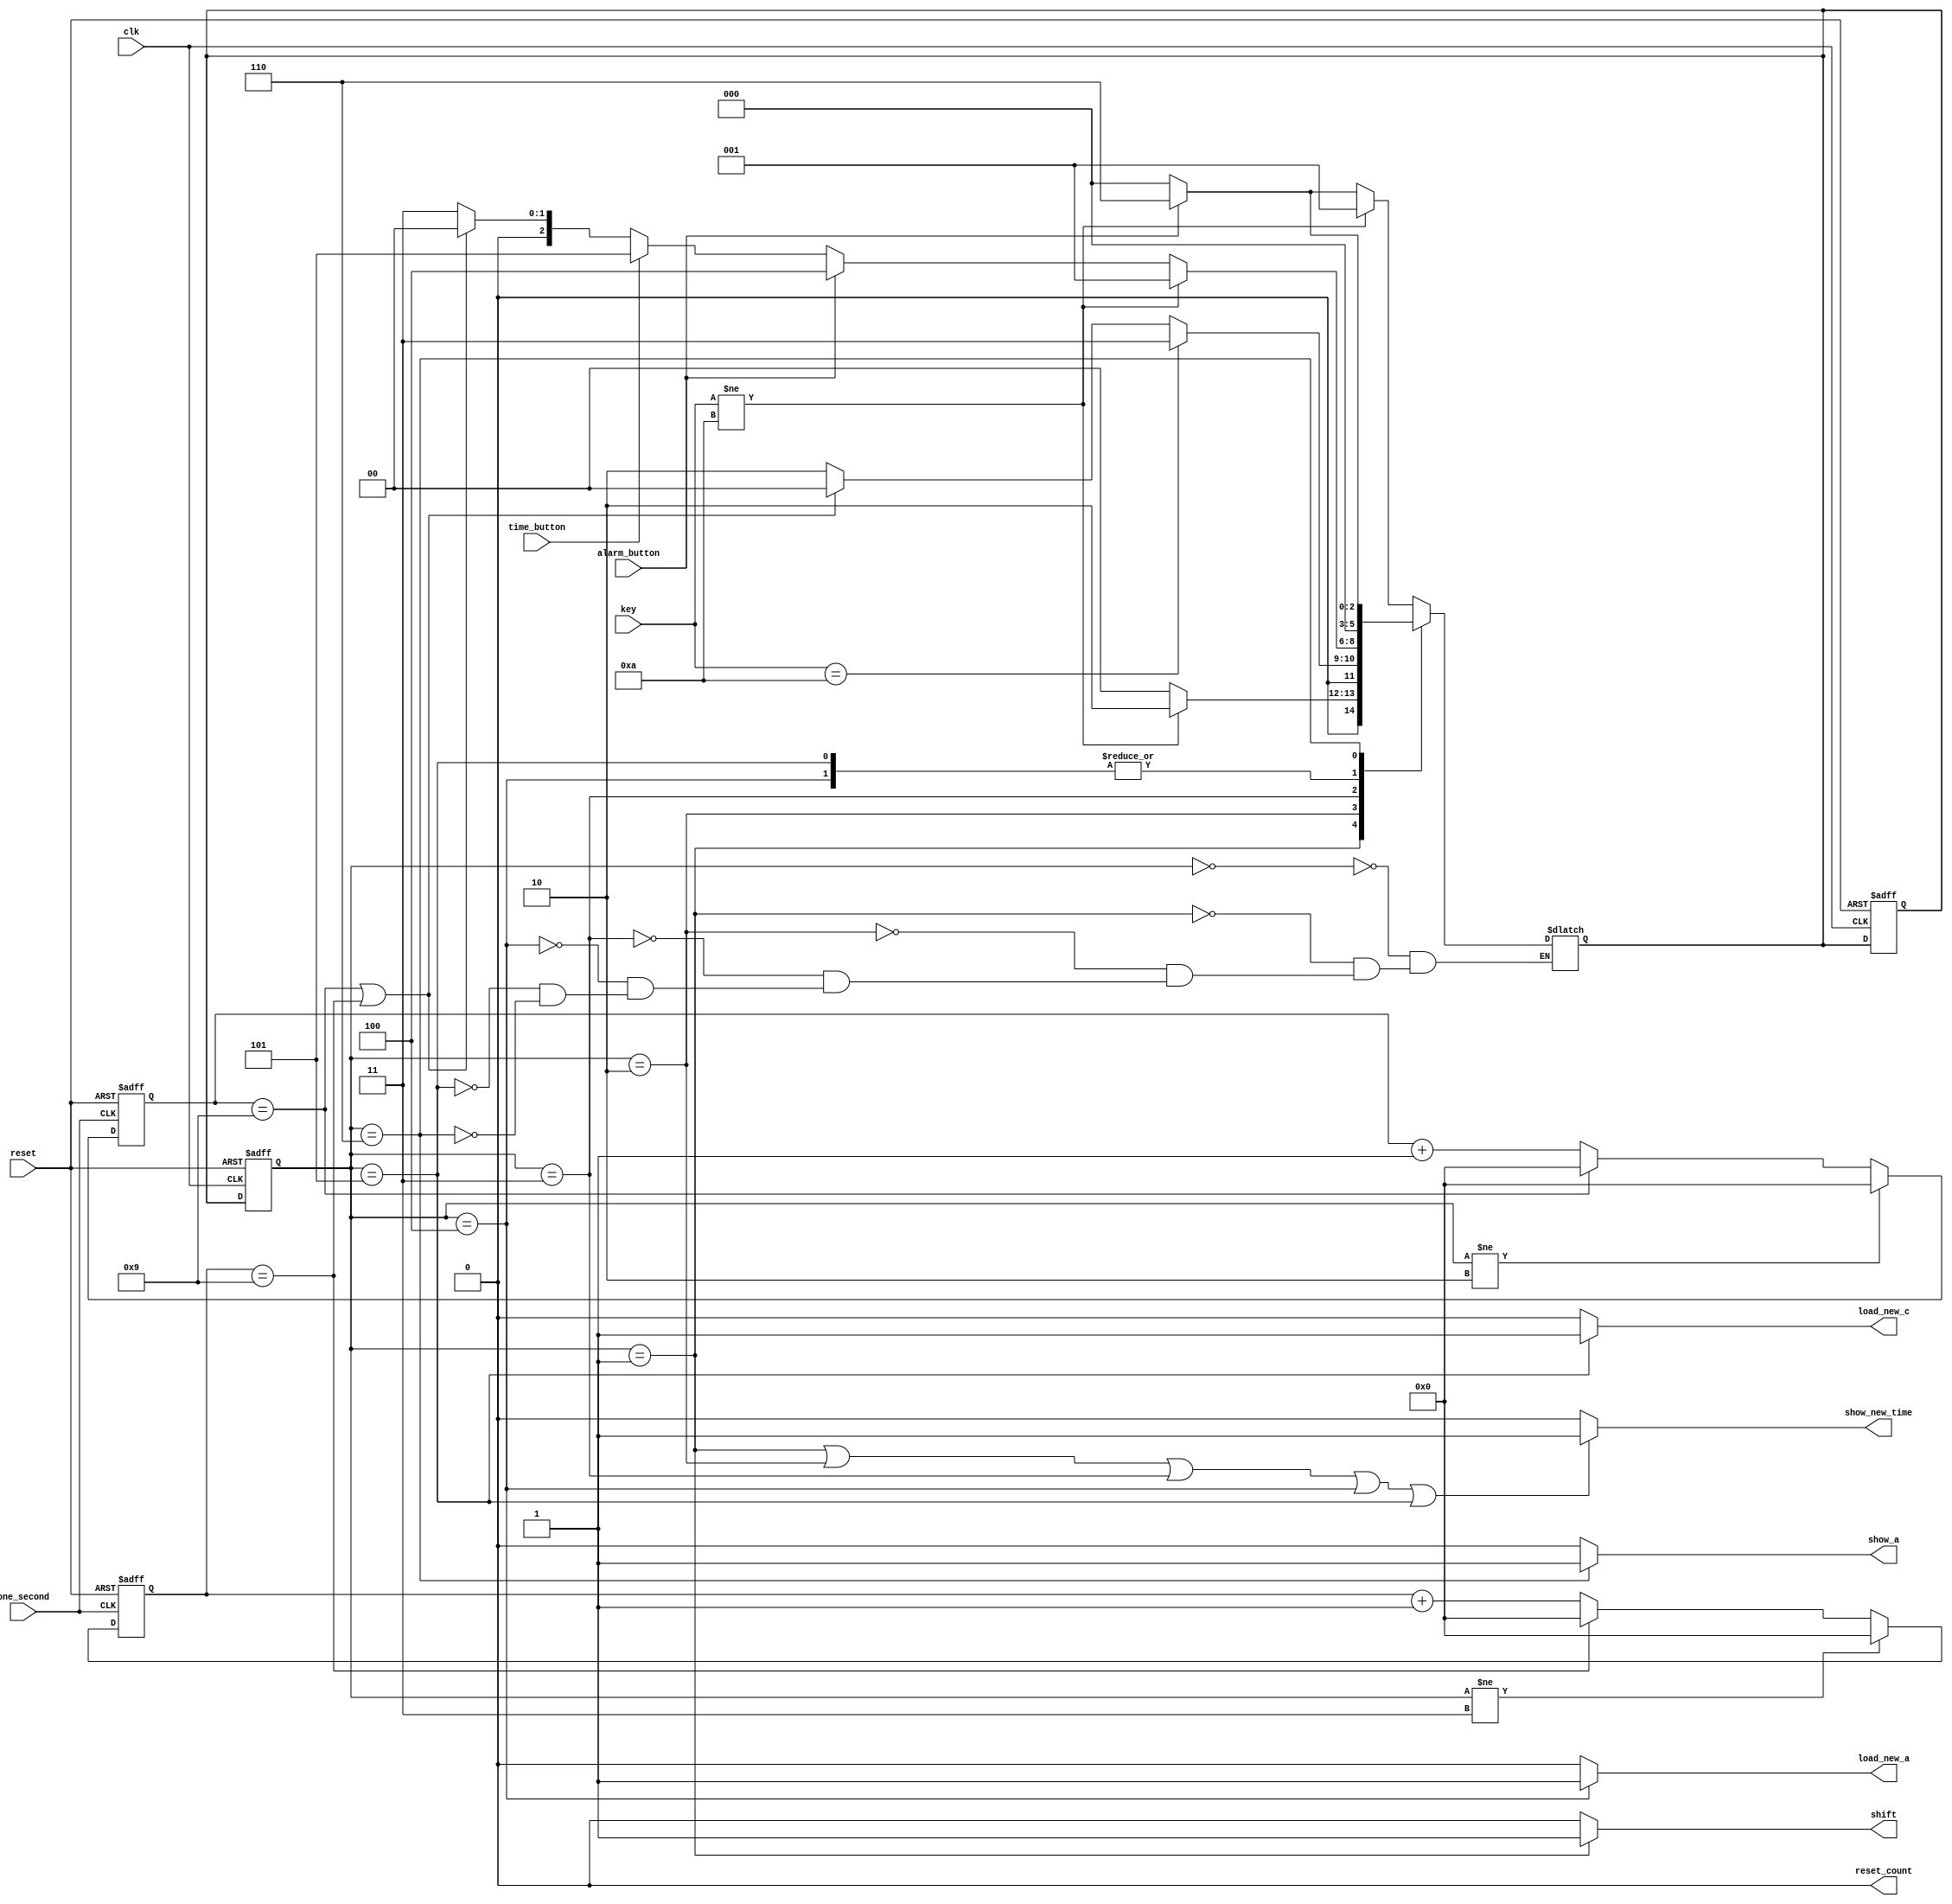
module aclk_controller(input clk,reset,one_second,alarm_button,time_button,
		       input [3:0]key,
		       output load_new_c,show_new_time,show_a,load_new_a,shift,reset_count);

	parameter SHOW_TIME=3'd0,
		  KEY_STORED=3'd1,	
		  KEY_WAITED=3'd2,	
		  KEY_ENTRY=3'd3,	
		  SET_ALARM_TIME=3'd4,		
		  SET_CURRENT_TIME=3'd5,	
		  SHOW_ALARM=3'd6;

reg [2:0]pstate,next_state;

reg [3:0]count1,count2;

reg timeout;

//reg load_new_c_reg,show_new_time_reg,show_a_reg,load_new_a_reg,shift_reg;



assign load_new_c = (pstate==SET_CURRENT_TIME)?1:0;
assign load_new_a = (pstate== SET_ALARM_TIME)?1:0;

assign show_new_time= (pstate==KEY_STORED || pstate==KEY_WAITED || pstate==KEY_ENTRY || pstate==SET_ALARM_TIME || pstate==SET_CURRENT_TIME )?1:0;
assign show_a=(pstate==SHOW_ALARM)?1:0;
assign reset_count=0;
assign shift= (pstate==KEY_STORED)?1:0;



//SEQUENTIAL
always @(posedge clk or posedge reset)
	begin

	if(reset==1)
		{pstate,next_state}=0;
	

	else
		pstate<=next_state;
		
	end

//10 Second TIMER


always @(posedge one_second or posedge reset)
	begin
		if(reset==1)
			count1=0;

		else if(pstate!=KEY_WAITED)	
			count1=0;

		else if(count1==9)
			count1=0;
		else
			count1=count1+1;
	end


always @(posedge one_second or posedge reset)
	begin
		if(reset==1)
			count2=0;

		else if(pstate!=KEY_ENTRY)	
			count2=0;

		else if(count2==9)
			count2=0;
		else
			count2=count2+1;
	end



always @(*)
	timeout = (count1==9 || count2==9)?0:1;

//NEXT_STATE LOGIC
always @(pstate,one_second,alarm_button,time_button,key,timeout)
	begin
	
	case (pstate)

	SHOW_TIME:
		if(key!=10)
			next_state=KEY_STORED;

		else if(alarm_button==1)
			next_state=SHOW_ALARM;
		else
			next_state=SHOW_TIME;
	


	KEY_STORED:		
		if(key!=10)
			next_state=KEY_WAITED;
			
		else
			next_state=SHOW_TIME;

	KEY_WAITED:
		if(key==10)
			next_state=KEY_ENTRY;
		else if(timeout==0)
			next_state=SHOW_TIME;
		else
			next_state=KEY_WAITED;

	KEY_ENTRY:
		if(key!=10)
			next_state=KEY_STORED;

		else if(alarm_button==1)
			next_state=SET_ALARM_TIME;

		else if(time_button==1)
			next_state=SET_CURRENT_TIME;

		else if(timeout==0)
			next_state=SHOW_TIME;

		else
			next_state=KEY_ENTRY;
	SET_ALARM_TIME:
		next_state=SHOW_TIME;

	SET_CURRENT_TIME:
		next_state=SHOW_TIME;
	
	
	SHOW_ALARM:
		if(alarm_button==1)
			next_state=SHOW_ALARM;
		else
			next_state=SHOW_TIME;
	endcase

	
	end










endmodule